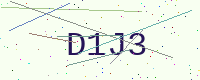
Text: D1J3